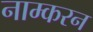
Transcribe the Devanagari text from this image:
नाम्करन